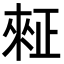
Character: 𪴺